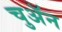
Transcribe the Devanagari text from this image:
चुअॅन